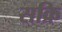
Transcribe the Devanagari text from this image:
सक्रि